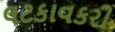
લટકાવકરી